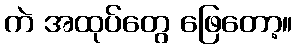
ကဲ အထုပ်တွေ ဖြေတော့။